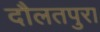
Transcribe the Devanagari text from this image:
दौलतपुरा